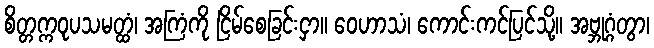
စိတ္တက္ကဝုပသမတ္ထံ၊ အကြံကို ငြိမ်စေခြင်းငှာ။ ဝေဟာသံ၊ ကောင်းကင်ပြင်သို့။ အဗ္ဘုဂ္ဂံတွာ၊